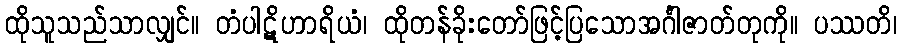
ထိုသူသည်သာလျှင်။ တံပါဋိဟာရိယံ၊ ထိုတန်ခိုးတော်ဖြင့်ပြသောအင်္ဂါဇာတ်တုကို။ ပဿတိ၊